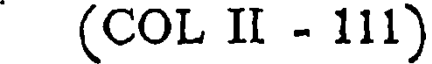
(COL II - 111)